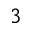
3